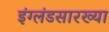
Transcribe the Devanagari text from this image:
इंग्लंडसारख्या